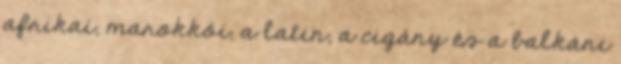
afrikai, marokkói, a latin, a cigány és a balkáni